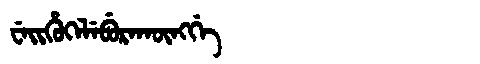
Manchu: ᠸᡝᡳᡥᡠᡴᡝᠯᡝᠪᡠᡵᠠᡴᡡᠩᡤᡝ
Romanization: WEIHUKELEBURAKŪNGGE